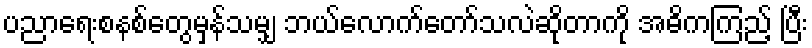
ပညာရေးစနစ်တွေမှန်သမျှ ဘယ်လောက်တော်သလဲဆိုတာကို အဓိကကြည့် ပြီး